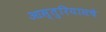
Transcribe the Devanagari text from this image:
आस्तुरियासचे